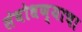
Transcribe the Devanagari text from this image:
संबोधण्याचा